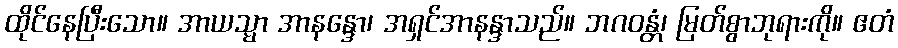
ထိုင်နေပြီးသော။ အာယသ္မာ အာနန္ဒော၊ အရှင်အာနန္ဒာသည်။ ဘဂဝန္တံ၊ မြတ်စွာဘုရားကို။ ဧတံ